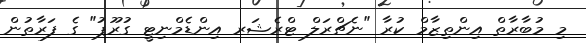
މި މުބާރާތް އިންތިޒާމް ކުރާ "ނެޗްރަލް ޓްރެޝަރ އިންޑެމްނިޓީ ގުރޫޕު" ގެ ފަރާތުން